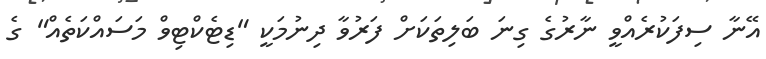
އޭނާ ސިފަކުރެއްވީ ނާރުގެ ގިނަ ބަލިތަކަށް ފަރުވާ ދިނުމަކީ "ޑިޓެކްޓިވް މަސައްކަތެއް" ގެ